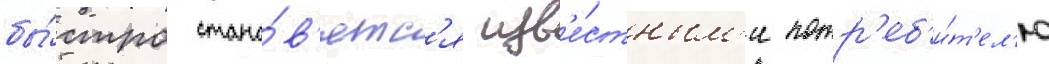
бы́стро стано́в'ятс'я изв'е́стным'и потр'еб'и́т'ел'ю